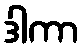
ဒါကာ